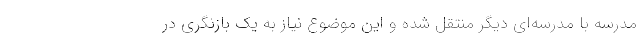
مدرسه با مدرسه‌ای دیگر منتقل شده و این موضوع نیاز به یک بازنگری در